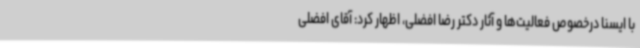
با ایسنا درخصوص فعالیت‌ها و آثار دکتر رضا افضلی، اظهار کرد: آقای افضلی